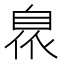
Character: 𮍙